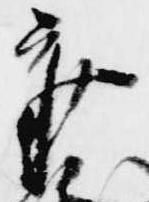
参